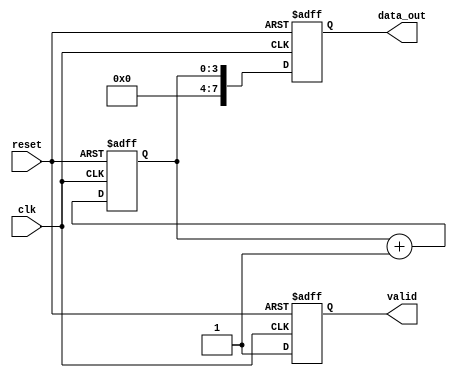
module producer (
    input wire clk,
    input wire reset,
    output reg [7:0] data_out,  // 8-bit data bus
    output reg valid            // Valid signal
);
    // Internal state
    reg [3:0] data_counter; // Counter to generate data

    always @(posedge clk or posedge reset) begin
        if (reset) begin
            data_counter <= 0;
            valid <= 0;
            data_out <= 8'b0;
        end else begin
            // Generate new data every clock cycle
            data_out <= data_counter; // Example data generation
            valid <= 1; // Assert valid signal
            data_counter <= data_counter + 1; // Increment data counter
        end
    end
endmodule